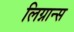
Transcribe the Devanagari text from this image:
लिग्नान्स